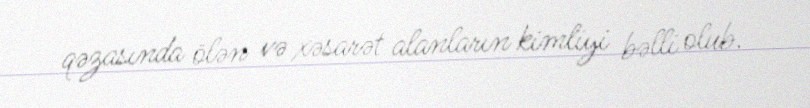
qəzasında ölən və xəsarət alanların kimliyi bəlli olub.